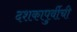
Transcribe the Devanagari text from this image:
दशकापुर्वीची